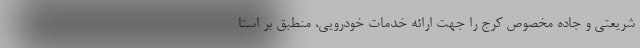
شریعتی و جاده مخصوص کرج را جهت ارائه خدمات خودرویی، منطبق بر استا